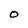
Character: O